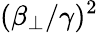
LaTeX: (\beta_{\perp}/\gamma)^{2}